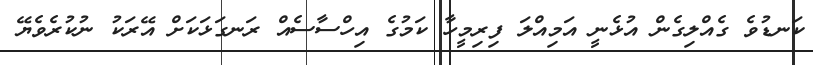
ކަނޑުވެ ގެއްލިގެން އުޅެނީ އަމިއްލަ ފިރިމީހާ ކަމުގެ އިހްސާސެއް ރަނގަޅަކަށް އޭރަކު ނުކުރެވެޔޭ